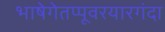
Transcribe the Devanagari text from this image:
भाषेगेतप्पूवरयारगंदा